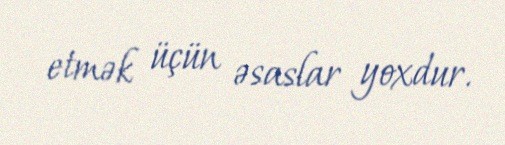
etmək üçün əsaslar yoxdur.